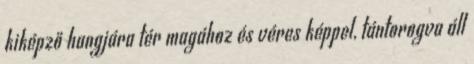
kiképző hangjára tér magához és véres képpel, tántorogva áll